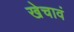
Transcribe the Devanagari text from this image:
खेचावं